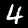
Digit: 4